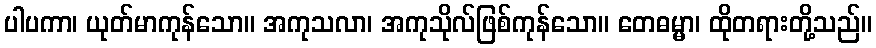
ပါပကာ၊ ယုတ်မာကုန်သော။ အကုသလာ၊ အကုသိုလ်ဖြစ်ကုန်သော။ တေဓမ္မာ၊ ထိုတရားတို့သည်။